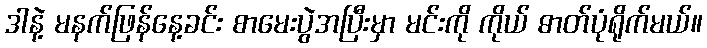
ဒါနဲ့ မနက်ဖြန်နေ့ခင်း စာမေးပွဲအပြီးမှာ မင်းကို ကိုယ် ဓာတ်ပုံရိုက်မယ်။